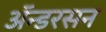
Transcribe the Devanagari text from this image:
ॲन्डरसन